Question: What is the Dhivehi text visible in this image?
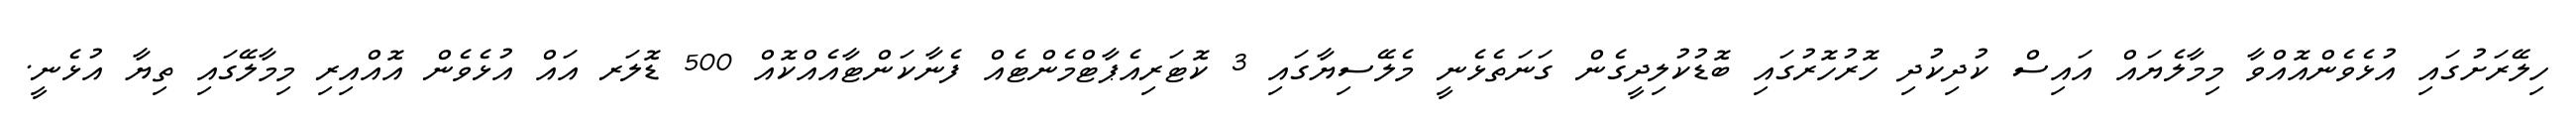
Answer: ހިލޭރަށުގައި އުޅެވެންއޮއްވާ މިމާލެޔައް އައިސް ކުދިކުދި ހޮރުހޮރުގައި ބޮޑުކުލިދީގެން ގަނަތެޅެނީ މެލޭސިޔާގައި 3 ކޮޓަރިއެޕާޓްމެންޓެއް ފެނާކަންޓާއެއްކޮއް 500 ޑޮލަރ އައް އުޅެވެން އޮއްއިރި މިމާލޭގައި ތިޔާ އުޅެނީ.